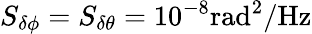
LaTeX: S_{\delta\phi}=S_{\delta\theta}=10^{-8}\mathrm{rad^{2}/Hz}